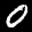
Label: 0